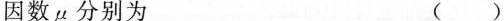
因数μ分别为 ()